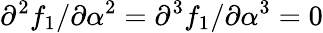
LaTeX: \partial^{2}f_{1}/\partial\alpha^{2}=\partial^{3}f_{1}/\partial\alpha^{3}=0